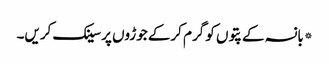
*بانسہ کے پتوں کو گرم کرکے جوڑوں پر سینک کریں۔